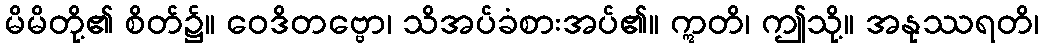
မိမိတို့၏ စိတ်၌။ ဝေဒိတဗ္ဗော၊ သိအပ်ခံစားအပ်၏။ ဣတိ၊ ဤသို့။ အနုဿရတိ၊